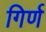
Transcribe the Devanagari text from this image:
गिर्ण